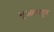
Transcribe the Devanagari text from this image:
भुआलपुर